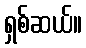
ရှစ်ဆယ်။